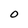
Character: O